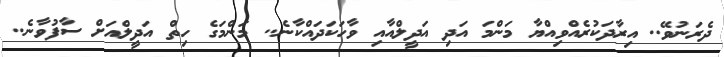
ދެރަނުވޭ.. އިރާދަކުރެއްވިއްޔާ މަންމަ އަދި އަދީލްއާއި ވާހަކަދައްކާނެ.. މަންމަގެ ހިތް އަދީލްއަށް ސާފުވާނެ..